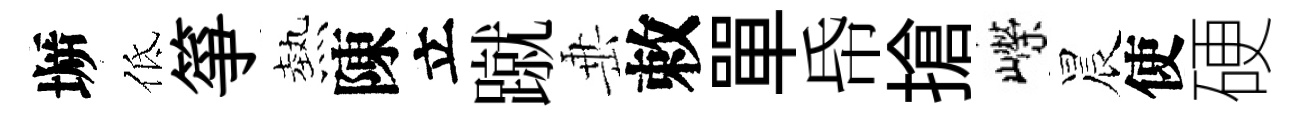
󶱲低箏熱陳立蹴𡸁敕單帋搶嶸晨使硬